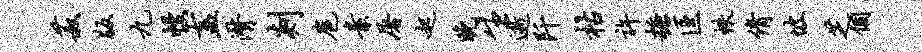
菽版九幔盍潸剡扈素屠起晚生逝阡枯许糖匡帙倩坡芝个